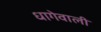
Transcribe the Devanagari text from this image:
धागेवाली